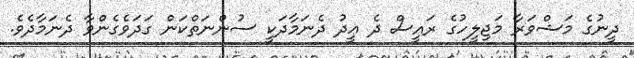
ދީނުގެ މަޝްވަރާ މަޖިލީހުގެ ރައީސް ދެ ޢީދު ދެނަމާދަކީ ސުންނަތްކަން ގަދަވެގެންވާ ދެނަމާދެވެ.